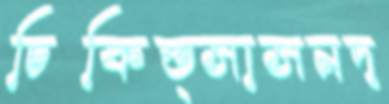
চিকিত্সাসনদ